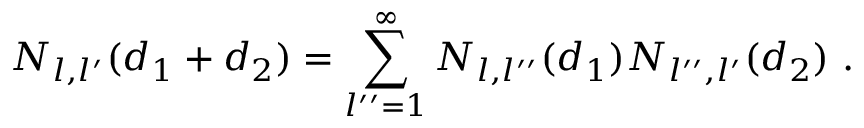
N _ { l , l ^ { \prime } } ( d _ { 1 } + d _ { 2 } ) = \sum _ { l ^ { \prime \prime } = 1 } ^ { \infty } N _ { l , l ^ { \prime \prime } } ( d _ { 1 } ) N _ { l ^ { \prime \prime } , l ^ { \prime } } ( d _ { 2 } ) \ .